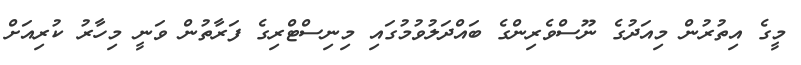
މީގެ އިތުރުން މިއަދުގެ ނޫސްވެރިންގެ ބައްދަލުވުމުގައި މިނިސްޓްރިގެ ފަރާތުން ވަނީ މިހާރު ކުރިއަށް